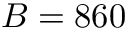
B = 8 6 0